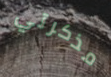
مذكرتي